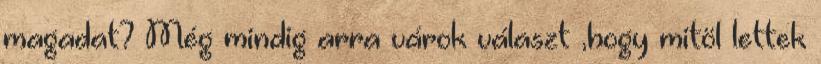
magadat? Még mindig arra várok választ ,hogy mitöl lettek